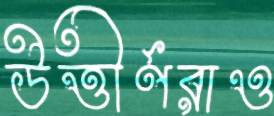
উত্তীর্ণরাও